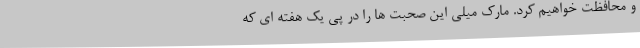
و محافظت خواهیم کرد. مارک میلی این صحبت ها را در پی یک هفته ای که